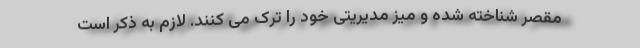
مقصر شناخته شده و میز مدیریتی خود را ترک می کنند. لازم به ذکر است